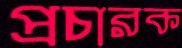
প্রচারক